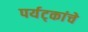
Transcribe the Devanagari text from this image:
पर्यट्कांचे